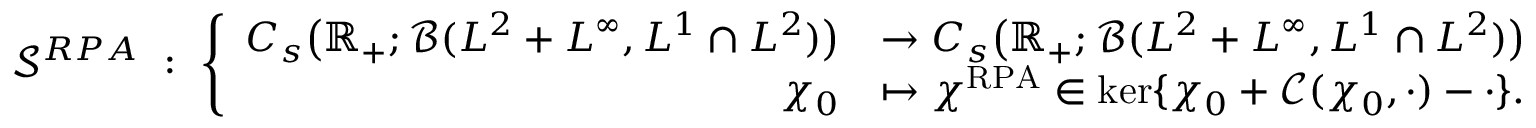
\mathcal { S } ^ { R P A } \ : \ \left\lbrace \begin{array} { r l } { C _ { s } \bigr ( \mathbb { R } _ { + } ; \mathcal { B } ( L ^ { 2 } + L ^ { \infty } , L ^ { 1 } \cap L ^ { 2 } ) \bigr ) } & { \rightarrow C _ { s } \bigr ( \mathbb { R } _ { + } ; \mathcal { B } ( L ^ { 2 } + L ^ { \infty } , L ^ { 1 } \cap L ^ { 2 } ) \bigr ) } \\ { \chi _ { 0 } } & { \mapsto \chi ^ { \mathrm { R P A } } \in \ker \{ \chi _ { 0 } + \mathcal { C } ( \chi _ { 0 } , \cdot ) - \cdot \} . } \end{array} \right.